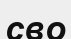
сво